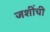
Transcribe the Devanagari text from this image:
जशींची